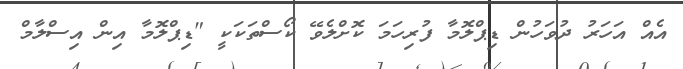
އެއް އަހަރު ދުވަހުން ޑިޕްލޮމާ ފުރިހަމަ ކޮށްލެވޭ ކޯސްތަކަކީ "ޑިޕްލޮމާ އިން އިސްލާމް